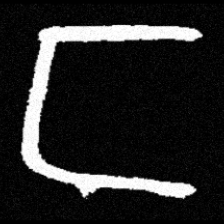
Pyu character \u2014 Myanmar letter: င (romanized: nga)